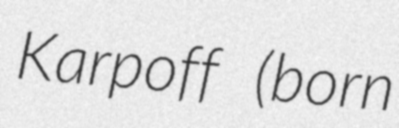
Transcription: Karpoff (born